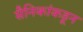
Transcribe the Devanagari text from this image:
सैनिकांकडून